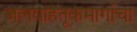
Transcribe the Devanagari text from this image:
जलवाहतूकमार्गाचा